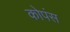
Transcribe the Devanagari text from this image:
कोपंस